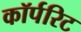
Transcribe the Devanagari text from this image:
कॉर्परिट